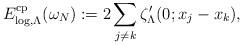
LaTeX: \begin{align*} E_{\log,\Lambda}^{\rm cp} (\omega_N):=2\sum_{j\neq k}\zeta_{\Lambda}'(0;x_j-x_k),\end{align*}